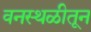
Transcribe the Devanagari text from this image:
वनस्थळीतून